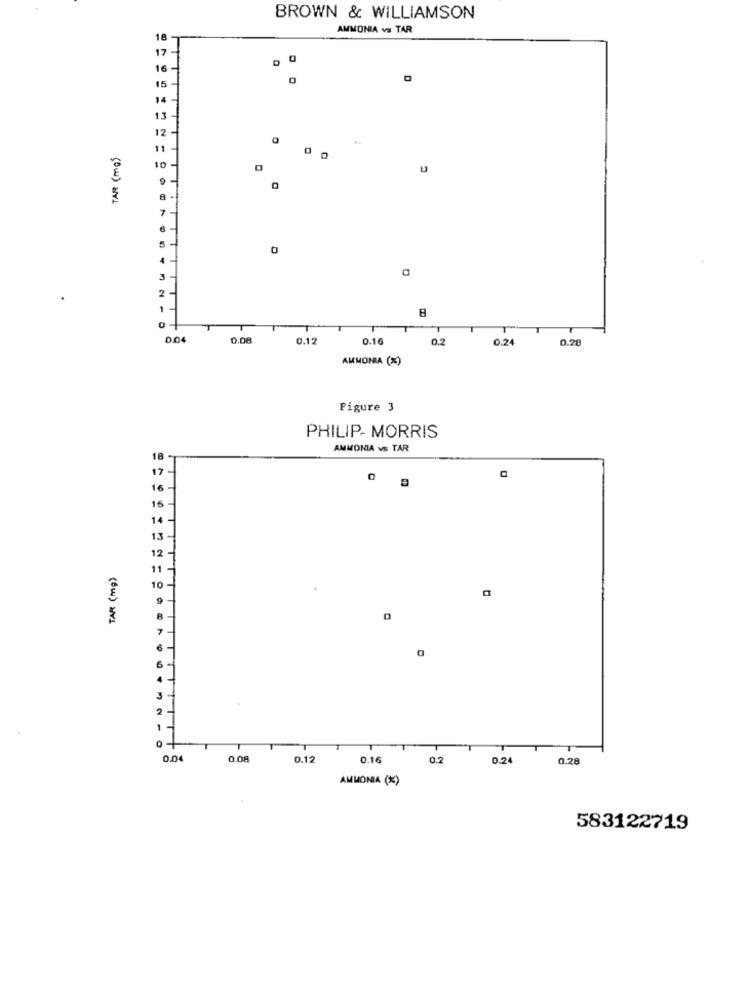
BROWN & WILLIAMSON
AMMONIA vs TAR
18
17-
16
15
14
13
12
TAR ( mg)
11
10
7
0
3
2
0.04
0.00
0.12
0.16
0.2
0.24
0.28
AMMONIA (%)
Figure 3
PHILIP- MORRIS
AMMONIA vs TAR
18
17
16
16
14
12 -
TAK ( mg)
11
10
2
0.04
0.08
0.12
0.16
0.2
0.24
0.28
AMMONIA (X)
583122719